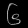
Digit: ၆